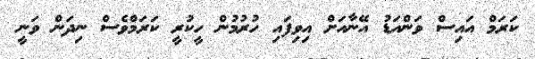
ކަރަމް އައިސް ވަންއަޑު އޭނާއަށް އިވިފައި ހުރުމުން ހީކުރީ ކަރަމްވެސް ނިދަން ވަނީ